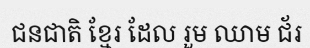
ជនជាតិ ខ្មែរ ដែល រួម ឈាម ជ័រ